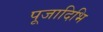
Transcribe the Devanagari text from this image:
पूजादिभि